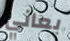
يعاني